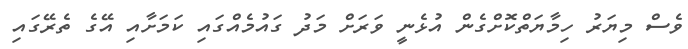
ވެސް މިޔަރު ހިމާޔަތްކޮށްގެން އުޅެނީ ވަރަށް މަދު ގައުމެއްގައި ކަމަށާއި އޭގެ ތެރޭގައި